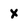
Character: x